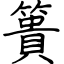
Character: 簣